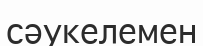
сәукелемен